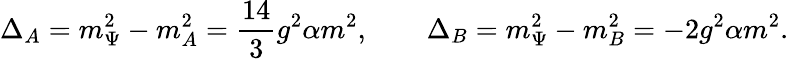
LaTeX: \Delta_{A}=m_{\Psi}^{2}-m_{A}^{2}=\frac{14}{3}g^{2}\alpha m^{2},\qquad\Delta_{B}=m_{\Psi}^{2}-m_{B}^{2}=-2g^{2}\alpha m^{2}.